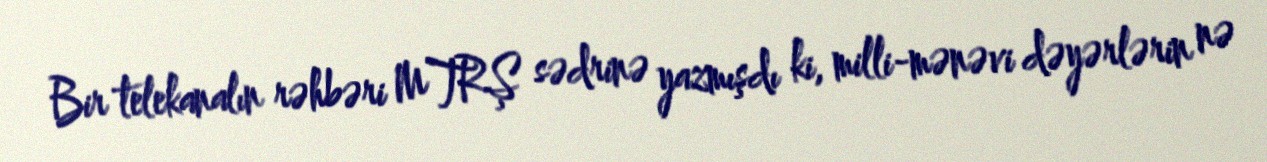
Bir telekanalın rəhbəri MTRŞ sədrinə yazmışdı ki, milli-mənəvi dəyərlərin nə